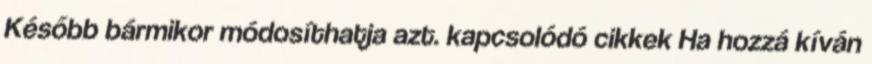
Később bármikor módosíthatja azt. kapcsolódó cikkek Ha hozzá kíván